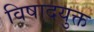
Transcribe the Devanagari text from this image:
विषादयुक्त